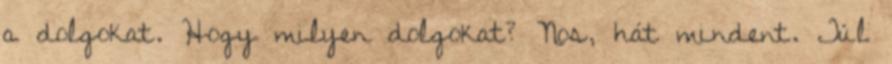
a dolgokat. Hogy milyen dolgokat? Nos, hát mindent. Túl